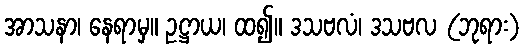
အာသနာ၊ နေရာမှ။ ဥဋ္ဌာယ၊ ထ၍။ ဒသဗလံ၊ ဒသဗလ (ဘုရား)